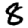
Digit: 8